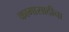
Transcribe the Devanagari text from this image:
कामासाठीचा